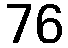
76